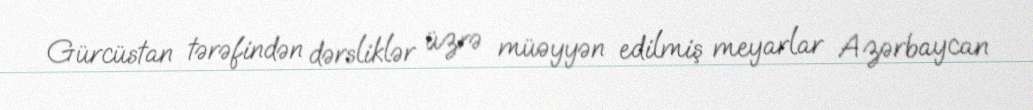
Gürcüstan tərəfindən dərsliklər üzrə müəyyən edilmiş meyarlar Azərbaycan